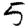
Digit: 5